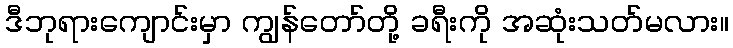
ဒီဘုရားကျောင်းမှာ ကျွန်တော်တို့ ခရီးကို အဆုံးသတ်မလား။